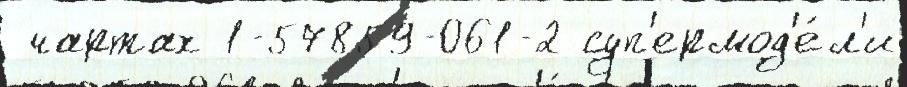
 чартах 1-57859-061-2 суп'ермод'е́л'и